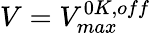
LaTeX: V=V_{max}^{0K,off}